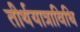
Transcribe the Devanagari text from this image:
तीर्थयात्राविधि